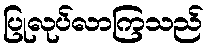
ပြုလုပ်လာကြသည်